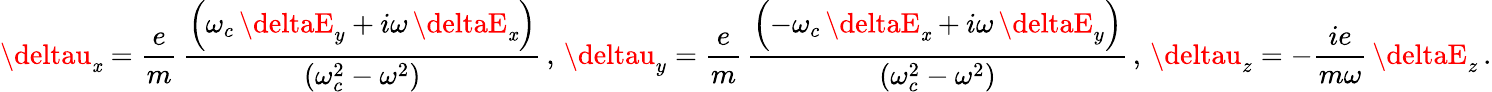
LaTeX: \deltau_{\mathit{x}}=\frac{{e}}{{m}}\, \frac{{\left(\omega_{c}\, \deltaE_{y}+i\omega\, \deltaE_{\mathit{x}}\right)}}{{\left(\omega_{c}^{2}-\omega^{2}\right)}}\, ,\, \deltau_{y}=\frac{{e}}{{m}}\, \frac{{\left(-\omega_{c}\, \deltaE_{\mathit{x}}+i\omega\, \deltaE_{y}\right)}}{{\left(\omega_{c}^{2}-\omega^{2}\right)}}\, ,\, \deltau_{z}=-\frac{{ie}}{{m\omega}}\, \deltaE_{z}\, .